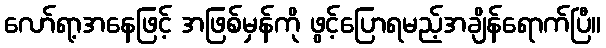
လော်ရာ့အနေဖြင့် အဖြစ်မှန်ကို ဖွင့်ပြောရမည့်အချိန်ရောက်ပြီ။